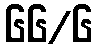
၆၆/၆